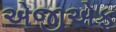
એજીએફ